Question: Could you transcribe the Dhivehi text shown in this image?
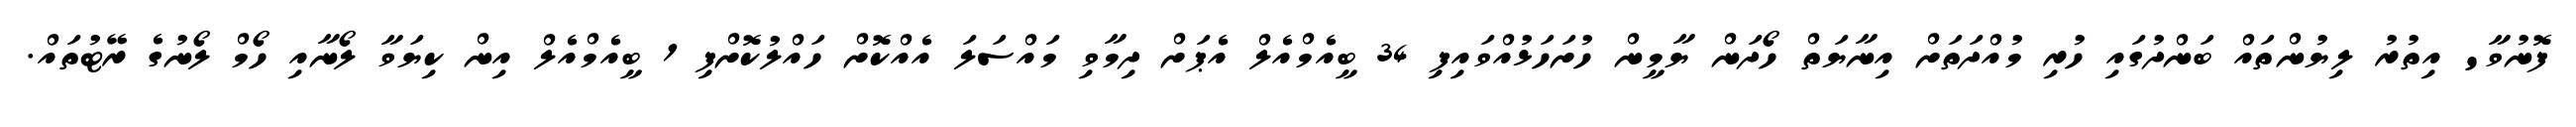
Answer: ފޮނުވާ' އިތުރު ލިޔުންތައް ބަންދުގައި ހުރި މުއްދަތަށް އިނާޔަތް ހޯދަން ޔާމީން ހުށަހަޅުއްވައިފި 34 ބީއެމްއެލް އެޕަށް ދިމާވި މައްސަލަ އެއްކޮށް ހައްލުކޮށްފި 1 ބީއެމްއެލް އިން ކިޔަވާ ލޯނާއި ހޯމް ލޯނުގެ ރޭޓުތައް.